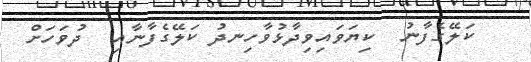
ކަލޭގެފާނު  ކިޔަވައިވިދާޅުވާހިނދު ކަލޭގެފާނާއި  ދުވަހަށް